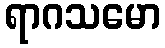
ရာဂသမော